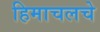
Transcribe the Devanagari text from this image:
हिमाचलचे